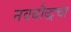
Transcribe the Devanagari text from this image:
नवबौद्धचा